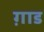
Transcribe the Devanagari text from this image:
ग़ाड